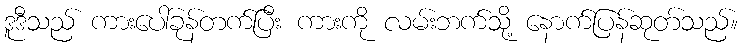
ဒူဒီသည် ကားပေါ်ခုန်တက်ပြီး ကားကို လမ်းဘက်သို့ နောက်ပြန်ဆုတ်သည်။